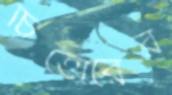
চিত্তোরের